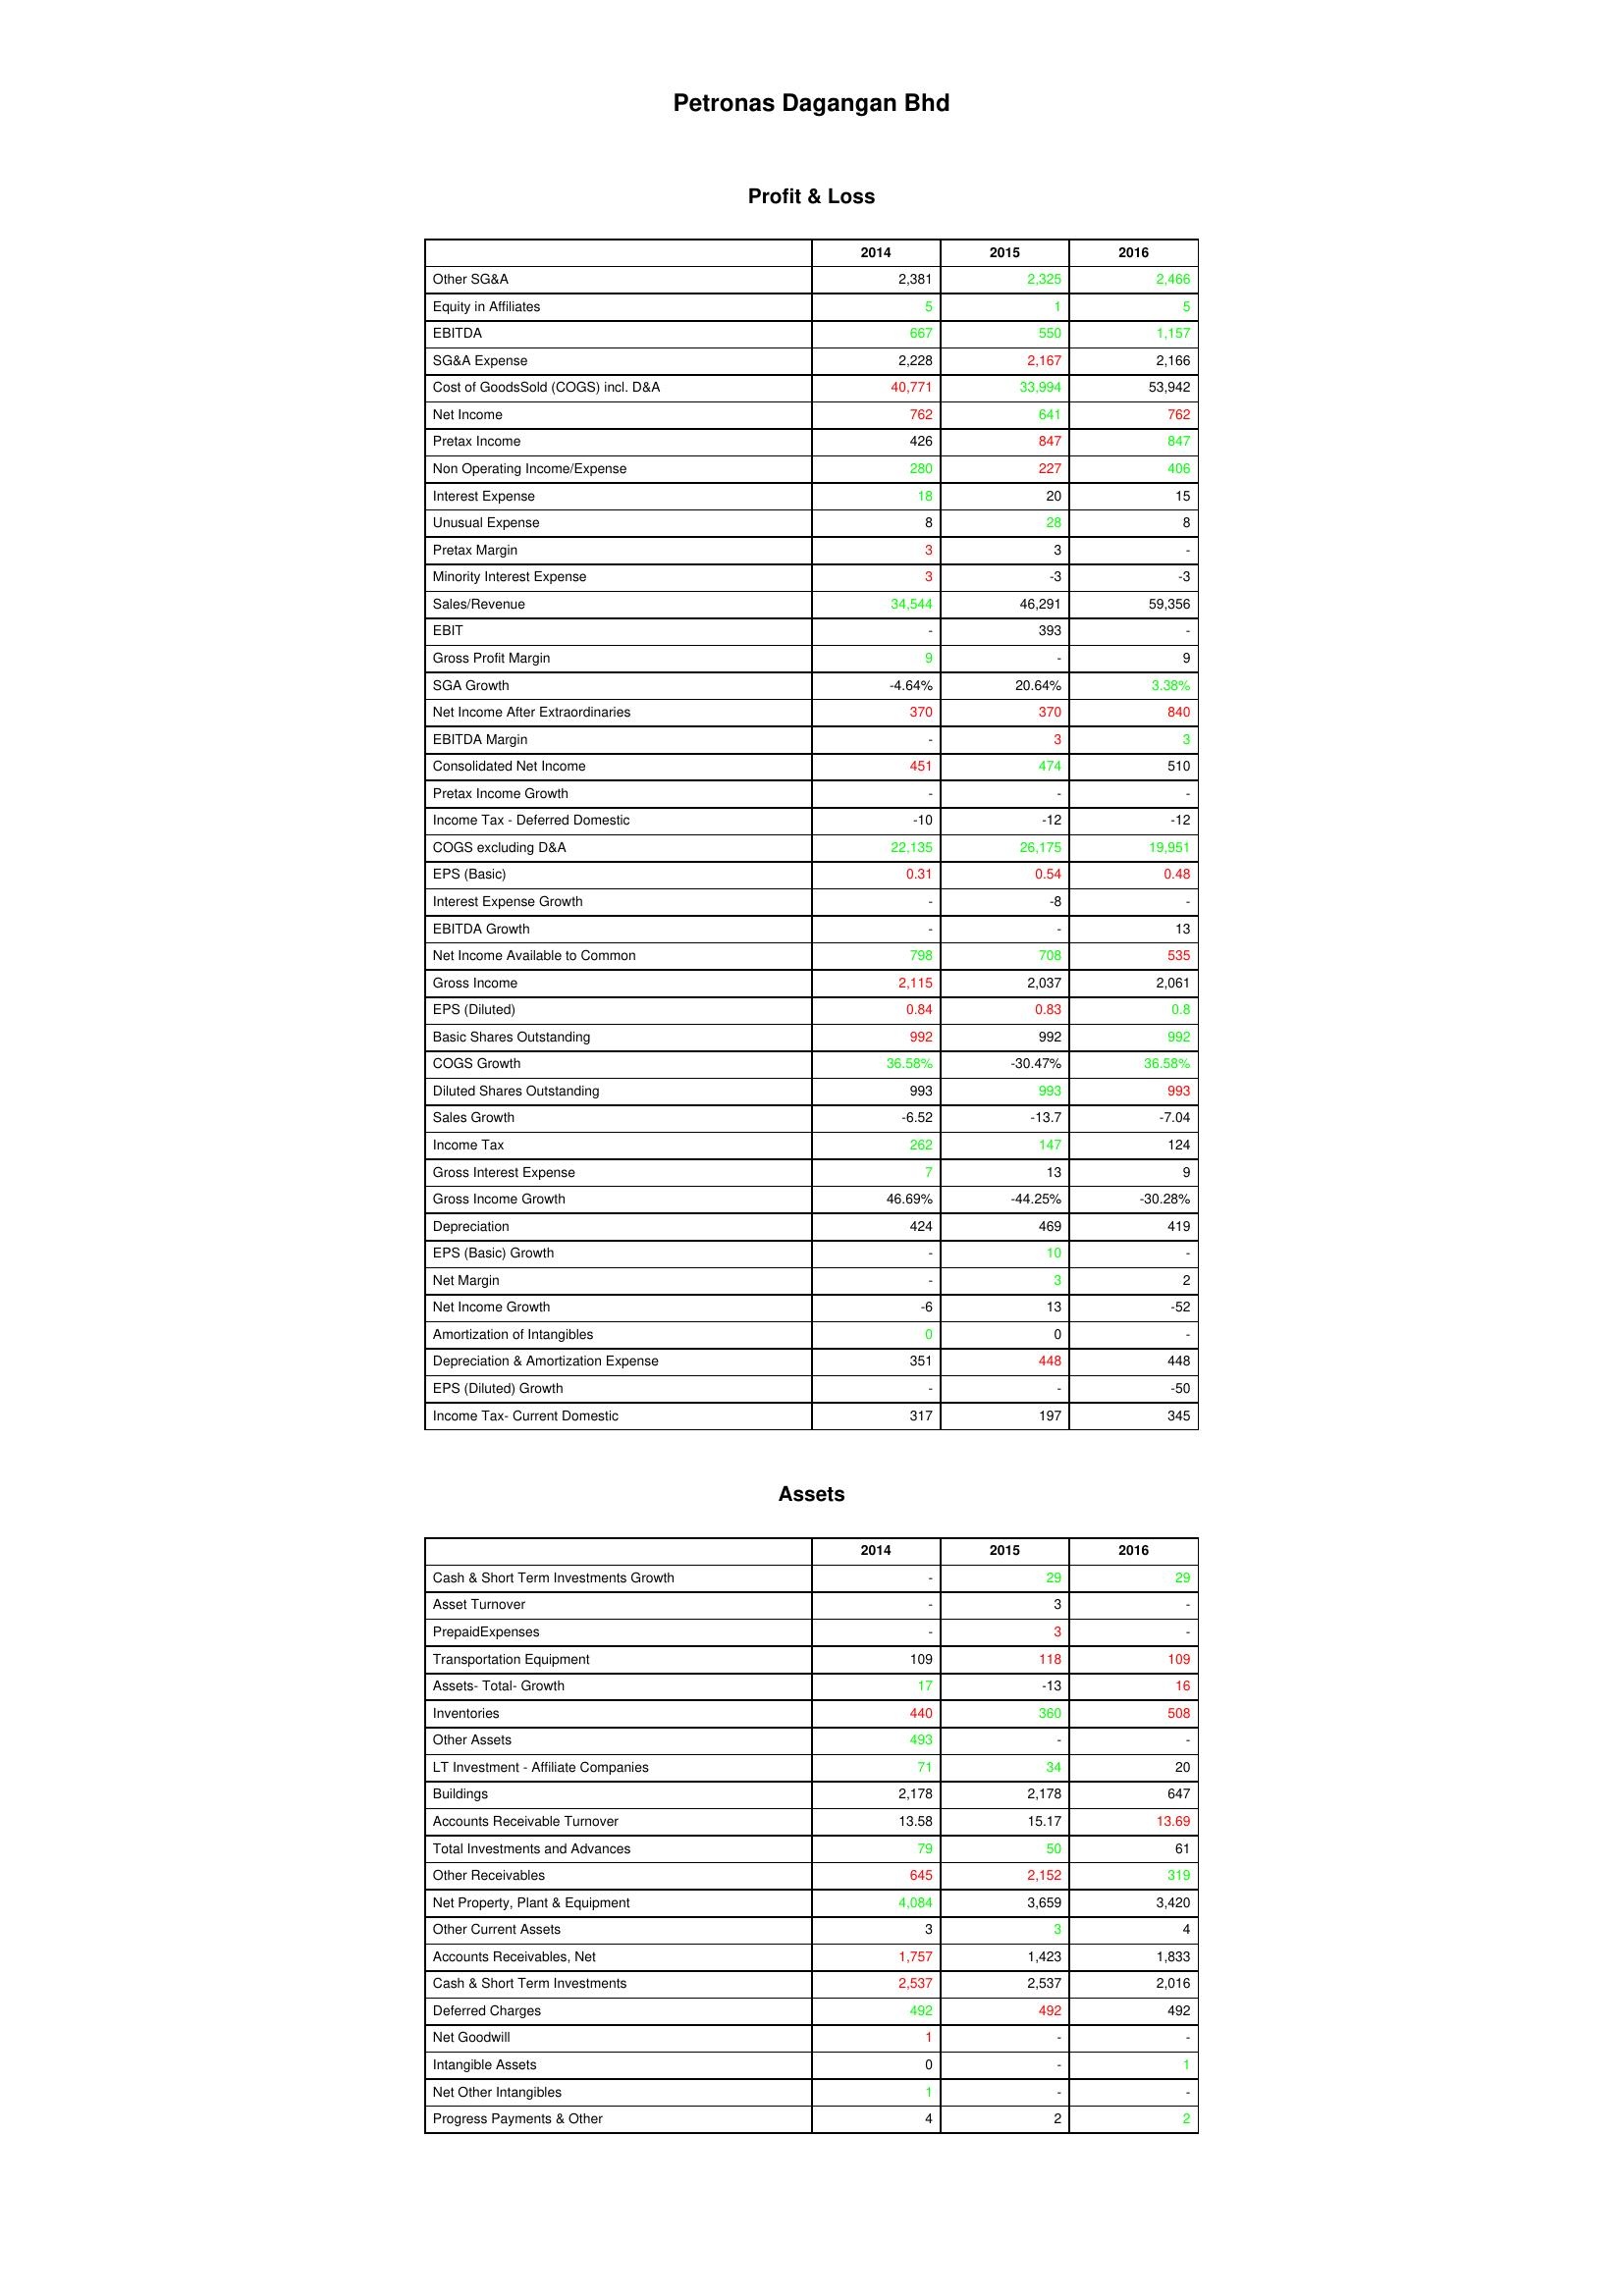
gt_parse: 2014: Profit & Loss: Other SG&A: 2,381
Equity in Affiliates: 5
EBITDA: 667
SG&A Expense: 2,228
Cost of GoodsSold (COGS) incl. D&A: 40,771
Net Income: 762
Pretax Income: 426
Non Operating Income/Expense: 280
Interest Expense: 18
Unusual Expense: 8
Pretax Margin: 3
Minority Interest Expense: 3
Sales/Revenue: 34,544
EBIT: -
Gross Profit Margin: 9
SGA Growth: -4.64%
Net Income After Extraordinaries: 370
EBITDA Margin: -
Consolidated Net Income: 451
Pretax Income Growth: -
Income Tax - Deferred Domestic: -10
COGS excluding D&A: 22,135
EPS (Basic): 0.31
Interest Expense Growth: -
EBITDA Growth: -
Net Income Available to Common: 798
Gross Income: 2,115
EPS (Diluted): 0.84
Basic Shares Outstanding: 992
COGS Growth: 36.58%
Diluted Shares Outstanding: 993
Sales Growth: -6.52
Income Tax: 262
Gross Interest Expense: 7
Gross Income Growth: 46.69%
Depreciation: 424
EPS (Basic) Growth: -
Net Margin: -
Net Income Growth: -6
Amortization of Intangibles: 0
Depreciation & Amortization Expense: 351
EPS (Diluted) Growth: -
Income Tax- Current Domestic: 317
Assets: Cash & Short Term Investments Growth: -
Asset Turnover: -
PrepaidExpenses: -
Transportation Equipment: 109
Assets- Total- Growth: 17
Inventories: 440
Other Assets: 493
LT Investment - Affiliate Companies: 71
Buildings: 2,178
Accounts Receivable Turnover: 13.58
Total Investments and Advances: 79
Other Receivables: 645
Net Property, Plant & Equipment: 4,084
Other Current Assets: 3
Accounts Receivables, Net: 1,757
Cash & Short Term Investments: 2,537
Deferred Charges: 492
Net Goodwill: 1
Intangible Assets: 0
Net Other Intangibles: 1
Progress Payments & Other: 4
2015: Profit & Loss: Other SG&A: 2,325
Equity in Affiliates: 1
EBITDA: 550
SG&A Expense: 2,167
Cost of GoodsSold (COGS) incl. D&A: 33,994
Net Income: 641
Pretax Income: 847
Non Operating Income/Expense: 227
Interest Expense: 20
Unusual Expense: 28
Pretax Margin: 3
Minority Interest Expense: -3
Sales/Revenue: 46,291
EBIT: 393
Gross Profit Margin: -
SGA Growth: 20.64%
Net Income After Extraordinaries: 370
EBITDA Margin: 3
Consolidated Net Income: 474
Pretax Income Growth: -
Income Tax - Deferred Domestic: -12
COGS excluding D&A: 26,175
EPS (Basic): 0.54
Interest Expense Growth: -8
EBITDA Growth: -
Net Income Available to Common: 708
Gross Income: 2,037
EPS (Diluted): 0.83
Basic Shares Outstanding: 992
COGS Growth: -30.47%
Diluted Shares Outstanding: 993
Sales Growth: -13.7
Income Tax: 147
Gross Interest Expense: 13
Gross Income Growth: -44.25%
Depreciation: 469
EPS (Basic) Growth: 10
Net Margin: 3
Net Income Growth: 13
Amortization of Intangibles: 0
Depreciation & Amortization Expense: 448
EPS (Diluted) Growth: -
Income Tax- Current Domestic: 197
Assets: Cash & Short Term Investments Growth: 29
Asset Turnover: 3
PrepaidExpenses: 3
Transportation Equipment: 118
Assets- Total- Growth: -13
Inventories: 360
Other Assets: -
LT Investment - Affiliate Companies: 34
Buildings: 2,178
Accounts Receivable Turnover: 15.17
Total Investments and Advances: 50
Other Receivables: 2,152
Net Property, Plant & Equipment: 3,659
Other Current Assets: 3
Accounts Receivables, Net: 1,423
Cash & Short Term Investments: 2,537
Deferred Charges: 492
Net Goodwill: -
Intangible Assets: -
Net Other Intangibles: -
Progress Payments & Other: 2
2016: Profit & Loss: Other SG&A: 2,466
Equity in Affiliates: 5
EBITDA: 1,157
SG&A Expense: 2,166
Cost of GoodsSold (COGS) incl. D&A: 53,942
Net Income: 762
Pretax Income: 847
Non Operating Income/Expense: 406
Interest Expense: 15
Unusual Expense: 8
Pretax Margin: -
Minority Interest Expense: -3
Sales/Revenue: 59,356
EBIT: -
Gross Profit Margin: 9
SGA Growth: 3.38%
Net Income After Extraordinaries: 840
EBITDA Margin: 3
Consolidated Net Income: 510
Pretax Income Growth: -
Income Tax - Deferred Domestic: -12
COGS excluding D&A: 19,951
EPS (Basic): 0.48
Interest Expense Growth: -
EBITDA Growth: 13
Net Income Available to Common: 535
Gross Income: 2,061
EPS (Diluted): 0.8
Basic Shares Outstanding: 992
COGS Growth: 36.58%
Diluted Shares Outstanding: 993
Sales Growth: -7.04
Income Tax: 124
Gross Interest Expense: 9
Gross Income Growth: -30.28%
Depreciation: 419
EPS (Basic) Growth: -
Net Margin: 2
Net Income Growth: -52
Amortization of Intangibles: -
Depreciation & Amortization Expense: 448
EPS (Diluted) Growth: -50
Income Tax- Current Domestic: 345
Assets: Cash & Short Term Investments Growth: 29
Asset Turnover: -
PrepaidExpenses: -
Transportation Equipment: 109
Assets- Total- Growth: 16
Inventories: 508
Other Assets: -
LT Investment - Affiliate Companies: 20
Buildings: 647
Accounts Receivable Turnover: 13.69
Total Investments and Advances: 61
Other Receivables: 319
Net Property, Plant & Equipment: 3,420
Other Current Assets: 4
Accounts Receivables, Net: 1,833
Cash & Short Term Investments: 2,016
Deferred Charges: 492
Net Goodwill: -
Intangible Assets: 1
Net Other Intangibles: -
Progress Payments & Other: 2